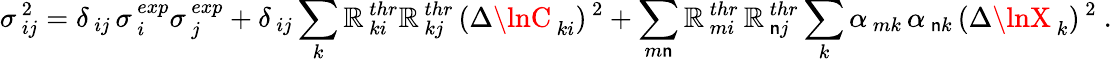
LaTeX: \sigma_{\, ij}^{\, 2}=\delta_{\, ij}\, \sigma_{\, i}^{\, exp}\sigma_{\, j}^{\, exp}+\delta_{\, ij}\sum_{k}\mathbb{R}_{\, ki}^{\, thr}\mathbb{R}_{\, kj}^{\, thr}\, (\Delta\lnC_{\, ki})^{\, 2}+\sum_{m\mathsf{n}}\mathbb{R}_{\, mi}^{\, thr}\, \mathbb{R}_{\, \mathsf{n}j}^{\, thr}\sum_{k}\alpha_{\, mk}\, \alpha_{\, \mathsf{n}k}\, (\Delta\lnX_{\, k})^{\, 2}\ .